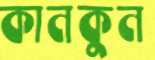
কানকুন